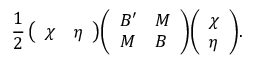
{ \frac { 1 } { 2 } } \, { \left( \begin{array} { l l } { \chi } & { \eta } \end{array} \right) } { \left( \begin{array} { l l } { B ^ { \prime } } & { M } \\ { M } & { B } \end{array} \right) } { \left( \begin{array} { l } { \chi } \\ { \eta } \end{array} \right) } .